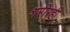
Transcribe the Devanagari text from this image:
शरीरही